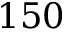
1 5 0